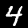
Label: 4